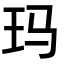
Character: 玛